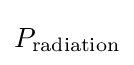
P_{\text{radiation}}